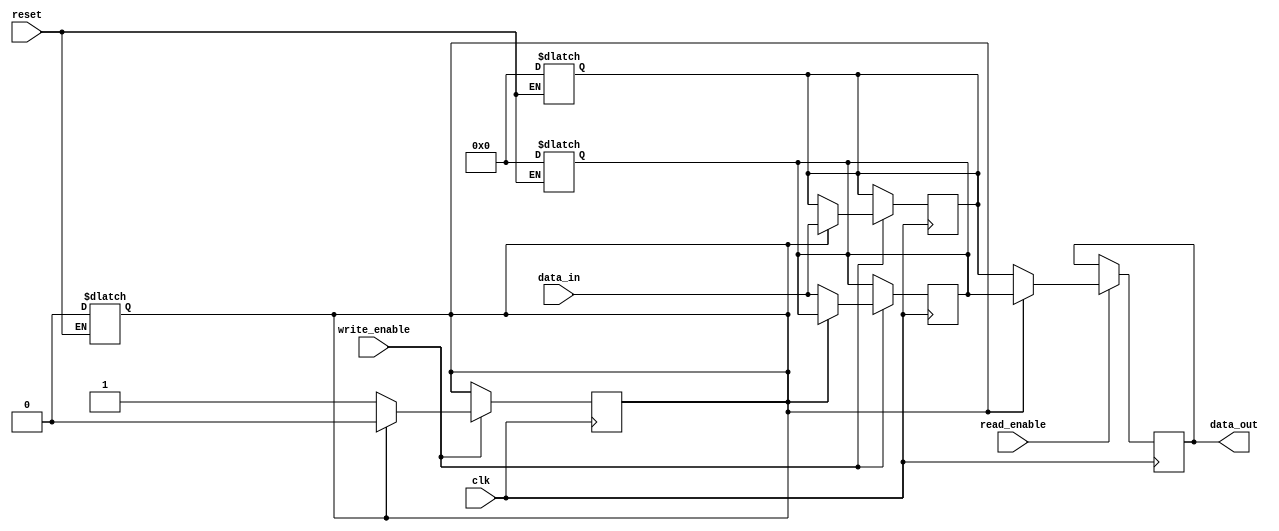
module double_buffer_register (
    input wire clk,
    input wire reset,
    input wire [7:0] data_in,       // Assuming 8-bit data input
    input wire write_enable,
    input wire read_enable,
    output reg [7:0] data_out       // Assuming 8-bit data output
);

    // Internal registers
    reg [7:0] buffer_a;             // First buffer
    reg [7:0] buffer_b;             // Second buffer
    reg active_buffer;               // 0: buffer_a is active, 1: buffer_b is active

    // Asynchronous reset
    always @(*) begin
        if (reset) begin
            buffer_a <= 8'b0;
            buffer_b <= 8'b0;
            active_buffer <= 1'b0;   // Initialize to buffer_a
        end
    end

    // Writing data to the active buffer
    always @(posedge clk) begin
        if (write_enable) begin
            if (active_buffer == 1'b0) begin
                buffer_a <= data_in;
                active_buffer <= 1'b1; // Switch to buffer_b for the next write
            end else begin
                buffer_b <= data_in;
                active_buffer <= 1'b0; // Switch to buffer_a for the next write
            end
        end
    end

    // Reading data from the non-active buffer
    always @(posedge clk) begin
        if (read_enable) begin
            if (active_buffer == 1'b0) begin
                data_out <= buffer_b; // Read from buffer_b
            end else begin
                data_out <= buffer_a; // Read from buffer_a
            end
        end
    end

endmodule